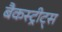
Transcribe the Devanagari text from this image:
बैकस्ट्रीट्स